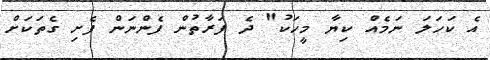
އެ ކަހަލަ ނަމެއް ކިޔާ މީހަކު" ދެ ފަރާތުން ފެންނަން ފެށި ގެތަކަށް